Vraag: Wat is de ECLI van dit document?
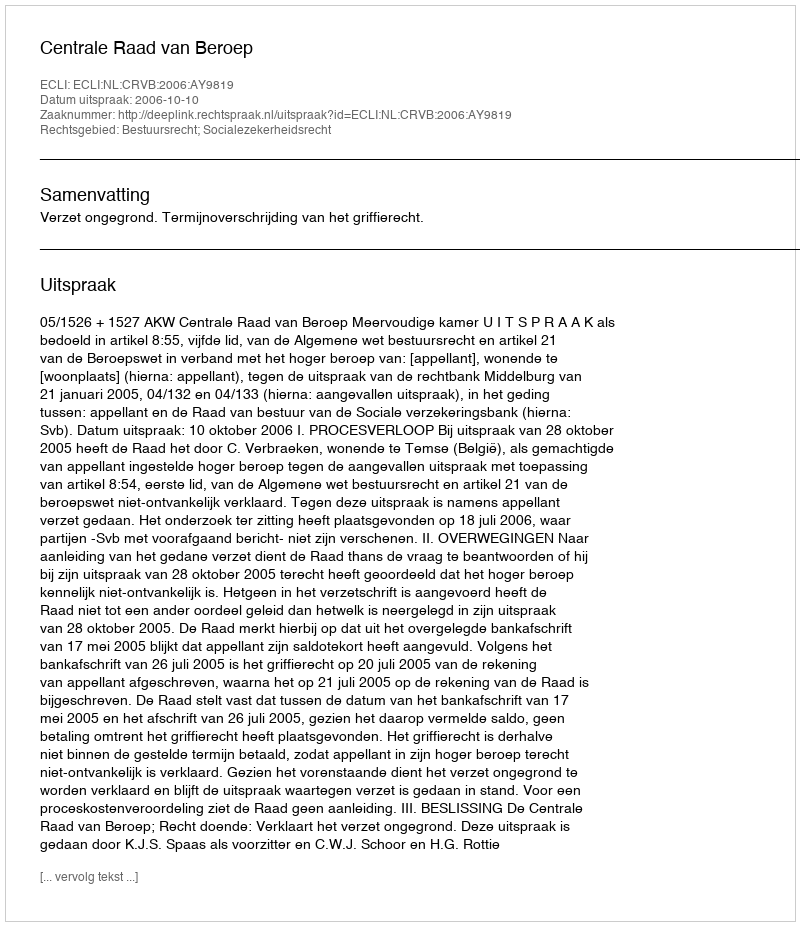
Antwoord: ECLI:NL:CRVB:2006:AY9819